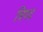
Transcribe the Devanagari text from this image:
त्रिपद